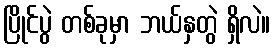
ပြိုင်ပွဲ တစ်ခုမှာ ဘယ်နှတွဲ ရှိလဲ။